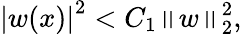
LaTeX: \left|w(x)\right|^{2}<C_{1}\left\| w\right\| _{2}^{2},